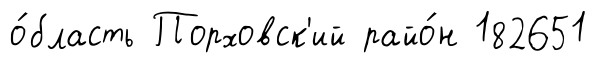
о́бласть Порховск'ий райо́н 182651